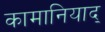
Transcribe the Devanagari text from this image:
कामानियाद्